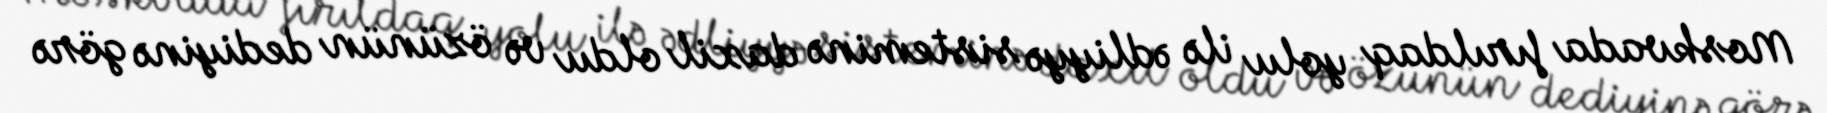
Moskvada fırıldaq yolu ilə ədliyyə sisteminə daxil oldu və özünün dediyinə görə